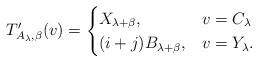
\begin{align*} T'_{A_\lambda,\beta}(v)=\begin{cases} X_{\lambda+\beta}, & v=C_\lambda\\ (i+j)B_{\lambda+\beta}, & v=Y_\lambda. \end{cases}\end{align*}